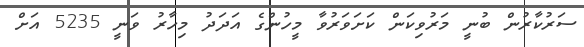
ސަރުކާރުން ބުނީ މަރުވިކަން ކަށަވަރުވާ މީހުންގެ އަދަދު މިހާރު ވަނީ 5235 އަށް